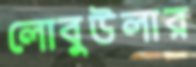
লোবুউলার